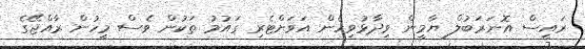
ރައީސް އޮނަރަބުލް ޔާމީން ވިދާޅުވިހެން އަވަށްޓެރި ގައުމު ތަކުން ވެސް މީހުން ރާއްޖޭގެ